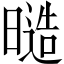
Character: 𭧙